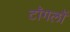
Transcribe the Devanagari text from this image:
टॉगलों